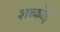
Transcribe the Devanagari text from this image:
शब्कोई